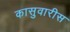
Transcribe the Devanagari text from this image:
कासुवारीस